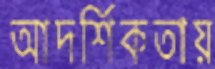
আদর্শিকতায়